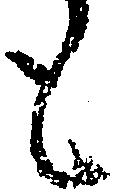
も